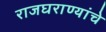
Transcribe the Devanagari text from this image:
राजघराण्यांचे